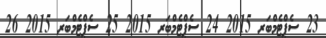
23 ސެޕްޓެމްބަރ 2015 24 ސެޕްޓެމްބަރ 2015 25 ސެޕްޓެމްބަރ 2015 26